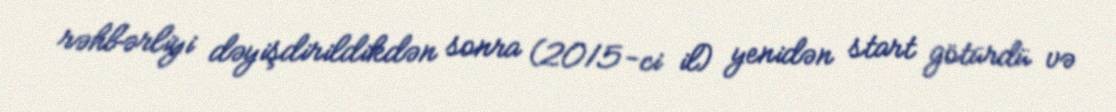
rəhbərliyi dəyişdirildikdən sonra (2015-ci il) yenidən start götürdü və